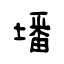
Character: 墦